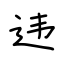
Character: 违